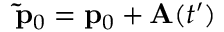
\mathbf { \tilde { p } } _ { 0 } = \mathbf { p } _ { 0 } + \mathbf { A } ( t ^ { \prime } )